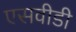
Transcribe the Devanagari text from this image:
एसवीडी